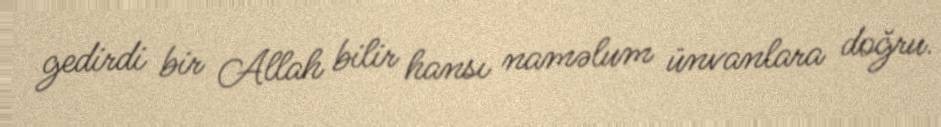
gedirdi bir Allah bilir hansı naməlum ünvanlara doğru.